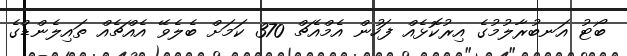
ބޯޓު އަނބުރާލުމުގެ އިރުކޮޅެއް ފަހުން އެމްއެޗް 370 ކަމަށް ބެލެވޭ އެއްޗެއް ތައިލެންޑްގެ